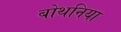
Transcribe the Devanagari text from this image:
बोथनिया